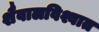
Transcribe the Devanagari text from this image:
शैवालविश्वात